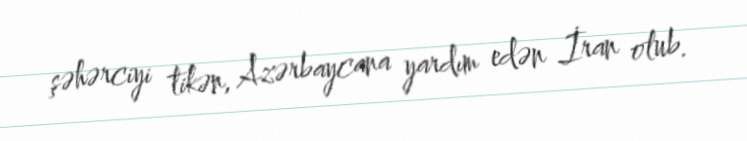
şəhərciyi tikən, Azərbaycana yardım edən İran olub.